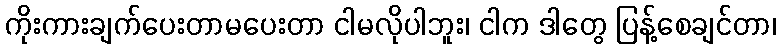
ကိုးကားချက်ပေးတာမပေးတာ ငါမလိုပါဘူး၊ ငါက ဒါတွေ ပြန့်စေချင်တာ၊